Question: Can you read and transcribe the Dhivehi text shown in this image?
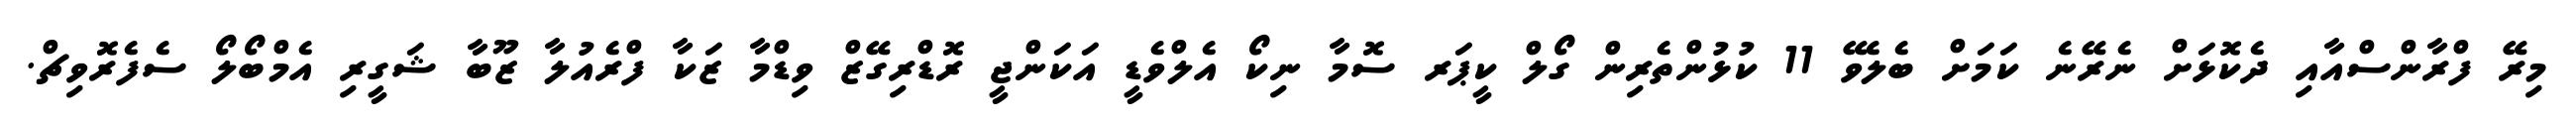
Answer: މިރޭ ފްރާންސްއާއި ދެކޮޅަށް ނެރޭނެ ކަމަށް ބެލެވޭ 11 ކުޅުންތެރިން ގޯލް ކީޕަރ ސޮމާ ނިކޯ އެލްވެޑީ އަކަންޖީ ރޮޑްރިގޭޒް ވިޑްމާ ޒަކާ ފްރެއުލާ ޒޫބާ ޝަގީރި އެމްބޯލޯ ސެފެރޮވިޗް.